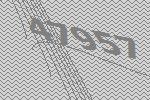
47957